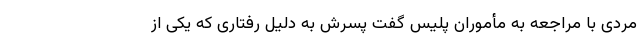
مردی با مراجعه به مأموران پلیس گفت پسرش به دلیل رفتاری که یکی از